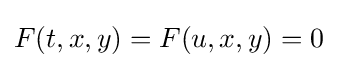
F(t,x,y)=F(u,x,y)=0